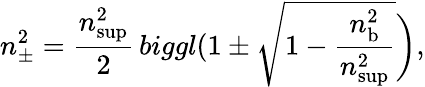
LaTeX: n_{\pm}^{2}=\frac{n_{\mathrm{sup}}^{2}}{2}\, biggl(1\pm\sqrt{1-\frac{n_{\mathrm{b}}^{2}}{n_{\mathrm{sup}}^{2}}}\biggr),